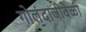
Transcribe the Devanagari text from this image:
गोलंदाजीवेळी